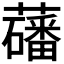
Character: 𫊑